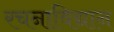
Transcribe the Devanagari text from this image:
रचनाविद्यान